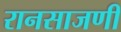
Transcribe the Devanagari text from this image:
रानसाजणी